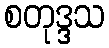
စတုဒ္ဒသ